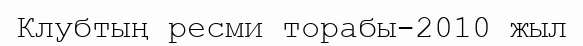
Клубтың ресми торабы-2010 жыл